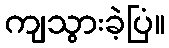
ကျသွားခဲ့ပြံ။